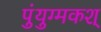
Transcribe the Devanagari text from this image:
पुंयुग्मकश्